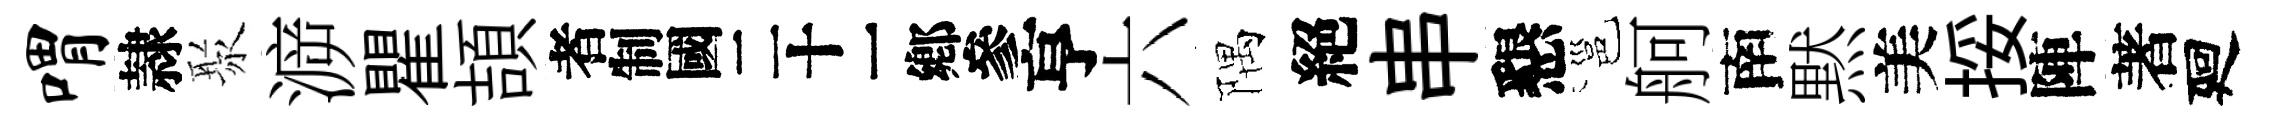
喟隷聚㴑瞿頡识亨六隅絕串懇邕舸南黙美挼陣著廻